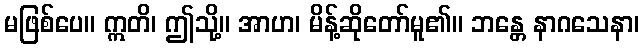
မဖြစ်ပေ။ ဣတိ၊ ဤသို့။ အာဟ၊ မိန့်ဆိုတော်မူ၏။ ဘန္တေ နာဂသေနာ၊